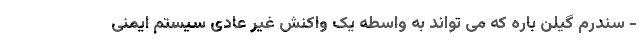
- سندرم گیلن باره که می تواند به واسطه یک واکنش غیر عادی سیستم ایمنی